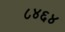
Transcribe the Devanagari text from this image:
८४६४